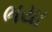
ભયા